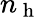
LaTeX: n_{\mathrm{~h~}}